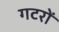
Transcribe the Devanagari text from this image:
गटरों